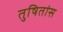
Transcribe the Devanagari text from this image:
तुषितांस